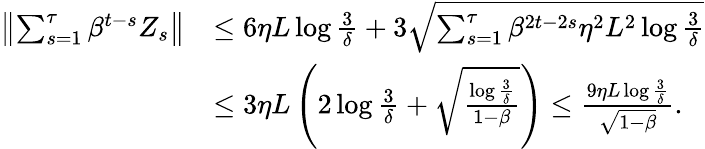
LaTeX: \begin{array}{rl}{\left\Vert\sum_{s=1}^{\tau}\beta^{t-s}Z_{s}\right\Vert}&{\leq 6\eta L\log\frac{3}{\delta}+3\sqrt{\sum_{s=1}^{\tau}\beta^{2t-2s}\eta^{2}L^{2}\log\frac{3}{\delta}}}\\ &{\leq 3\eta L\left(2\log\frac{3}{\delta}+\sqrt{\frac{\log\frac{3}{\delta}}{1-\beta}}\right)\leq\frac{9\eta L\log\frac{3}{\delta}}{\sqrt{1-\beta}}.}\end{array}